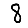
Digit: 8